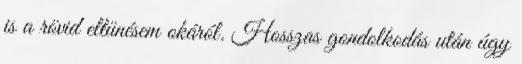
is a rövid eltünésem okáról. Hosszas gondolkodás után úgy